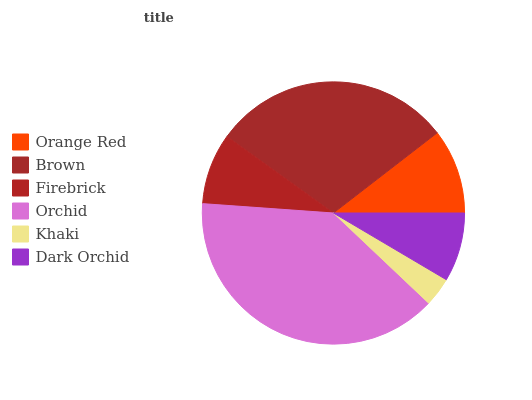
| Orange Red | Brown | Firebrick | Orchid | Khaki | Dark Orchid |
 | --- | --- | --- | --- | --- | --- |
 | 10.5% | 29.6% | 8.78% | 39% | 3.57% | 8.51% |